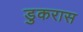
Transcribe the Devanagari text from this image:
डुकरास